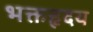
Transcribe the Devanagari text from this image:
भक्तहृदय